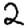
Digit: 2